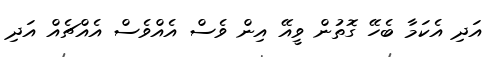
އަދި އެކަމާ ބެހޭ ގޮތުން ވީއޭ އިން ވެސް އެއްވެސް އެއްޗެއް އަދި